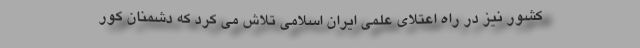
کشور نیز در راه اعتلای علمی ایران اسلامی تلاش می کرد که دشمنان کور